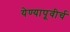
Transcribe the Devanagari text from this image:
येण्यापूवीर्च